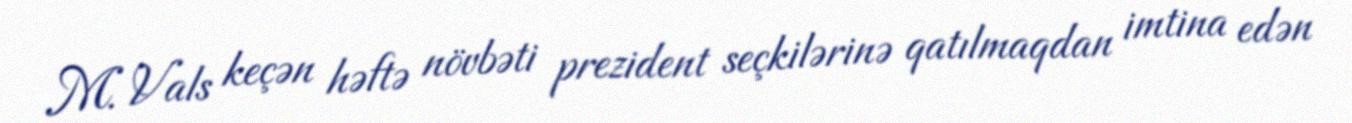
M. Vals keçən həftə növbəti prezident seçkilərinə qatılmaqdan imtina edən